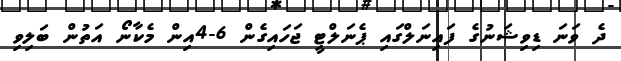
ދެ ވަނަ ޑިވިޝަނުގެ ފައިނަލްގައި ޕެނަލްޓީ ޖަހައިގެން 6-4އިން މެކާނޯ އަތުން ބަލިވި